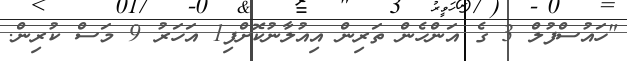
"ހައުސްފުލް 3 ގެ އަންހެން ތަރިން އިއުލާނުކޮށްފި1 އަހަރު 9 މަސް ކުރިން.